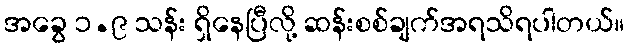
အခွေ ၁.၉ သန်း ရှိနေပြီလို့ ဆန်းစစ်ချက်အရသိရပါတယ်။